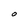
Character: O